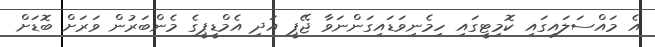
އެ މައްސަލައިގައި ކޮމިޓީގައި ހިމެނިވަޑައިގަންނަވާ ޖޭޕީ އަދި އެމްޑީޕީގެ މެންބަރުން ވަރަށް ބޮޑަށް